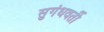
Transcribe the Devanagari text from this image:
सुगंधवर्ती